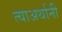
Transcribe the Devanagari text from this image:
त्याअर्थानी